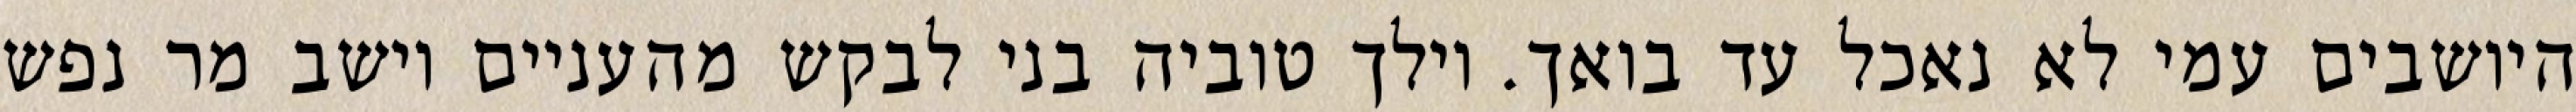
היושבים עמי לא נאכל עד בואך. וילך טוביה בני לבקש מהעניים וישב מר נפש